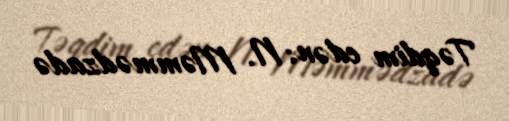
Təqdim edən: N. Məmmədzadə